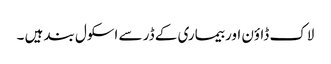
لاک ڈاؤن اور بیماری کے ڈر سے اسکول بند ہیں ۔